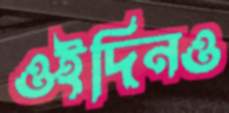
ওইদিনও